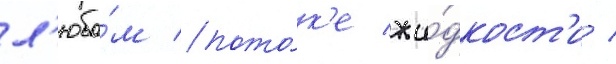
л'юбо́м пото́к'е жи́дкост'и /